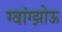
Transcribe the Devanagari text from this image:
ग्वांग्झोऊ